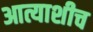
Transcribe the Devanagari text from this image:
आत्याशीच